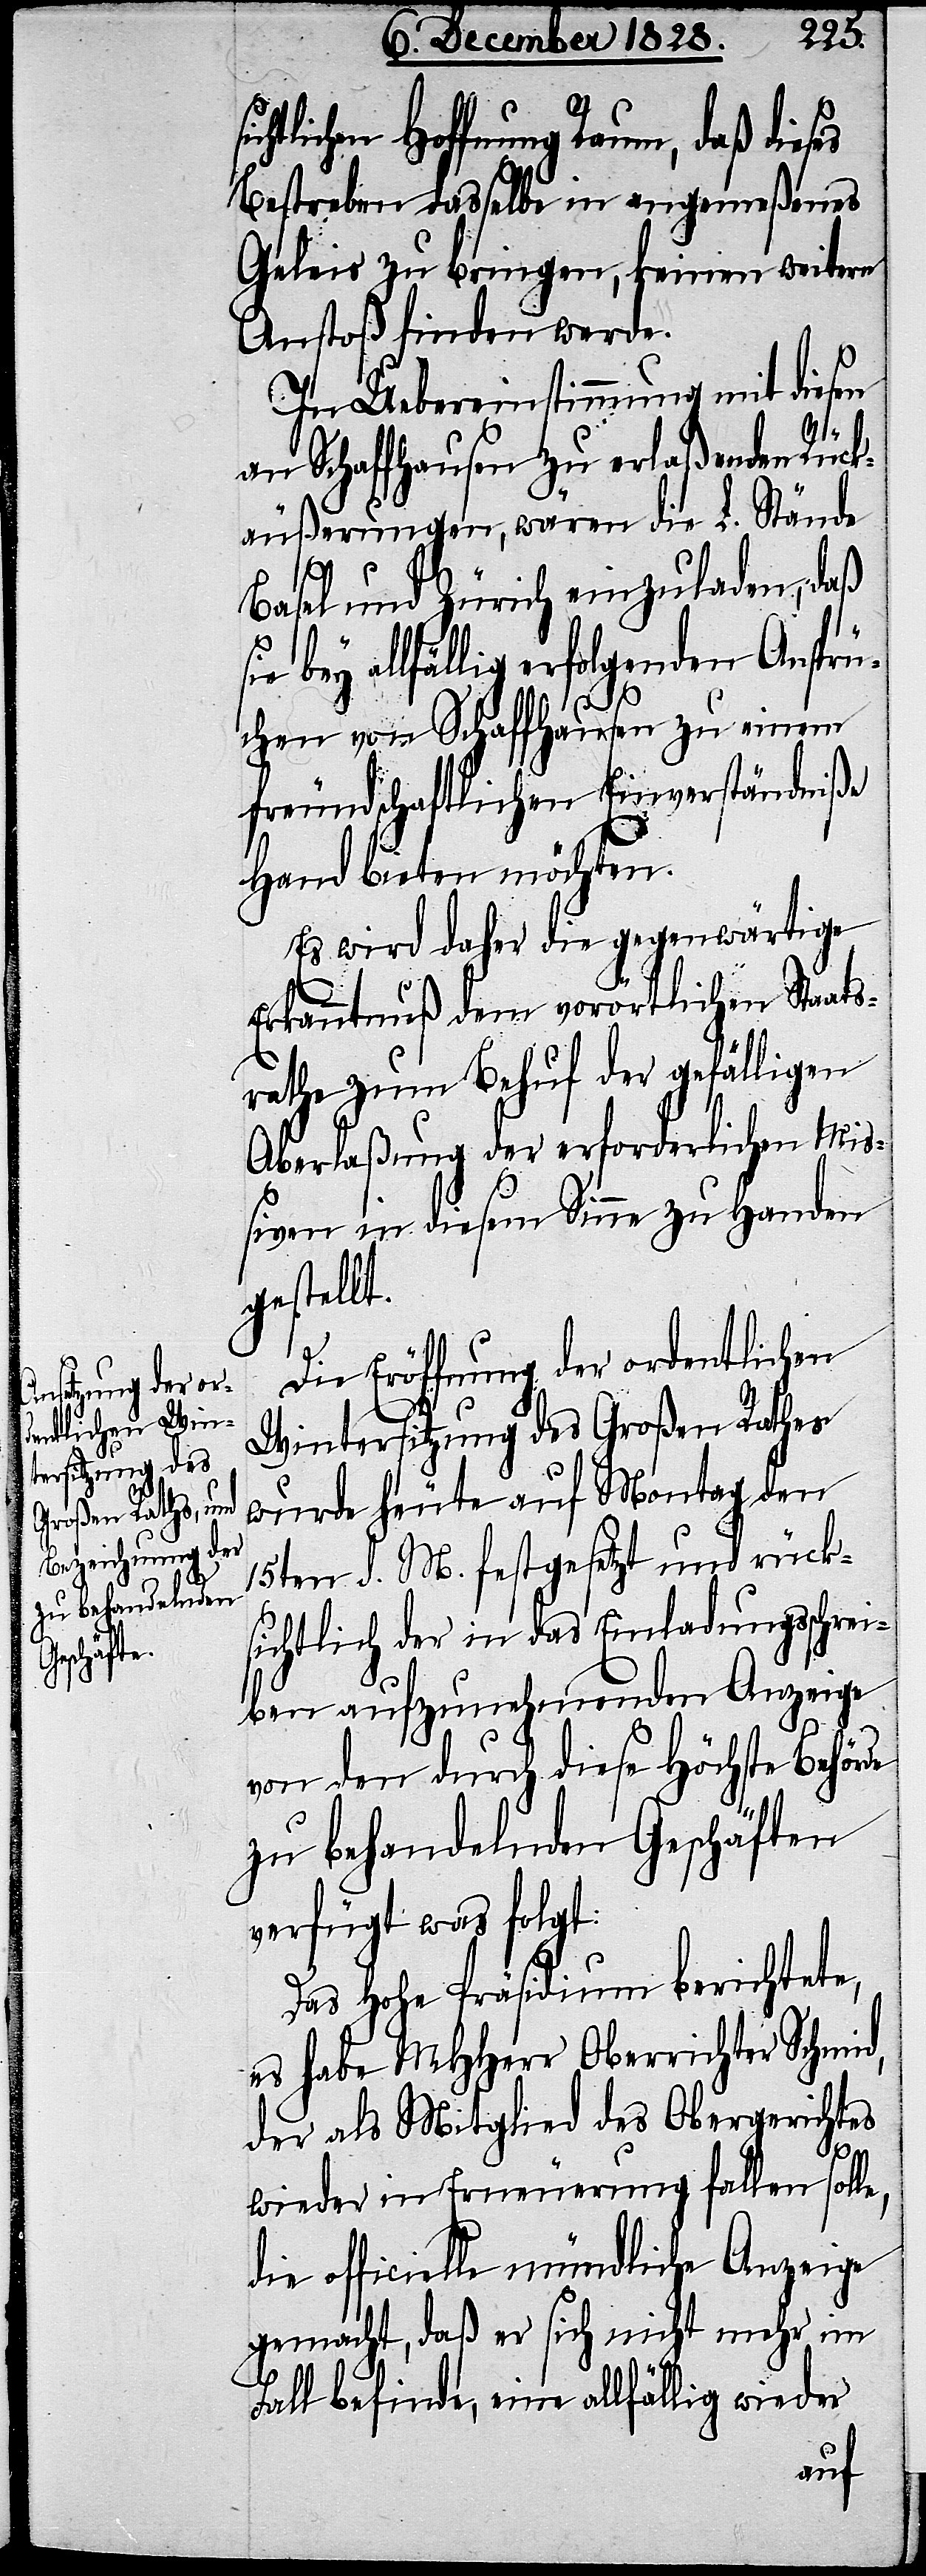
htlichen Hoffnung Raum, daß dies¬
Bestreben dasselbe in angemeßenes
Geleis zu bringen, keinen weitern
Anstoß finden werde.
In Uebereinstimmung mit diesen
an Schaffhausen zu erlaßenden Rück¬
äußerungen, wären die L. Stände
Basel und Zürich einzuladen, daß
bey allfällig erfolgenden Ansprü¬
e,
chen von Schaffhausen zu einem
freundschaftlichen Einverständniße
Hand bieten möchten.
Es wird daher die gegenwärtige
Erkanntnuß dem vorörtlichen Staat¬
srathe zum Behuf der gefälligen
Aberlaßung der erforderlichen Mi¬
ßiven in diesem Sinne zu Handen
gestellt.
Die Eröffnung der ordentlichen
Wintersitzung des Großen Rathes
wurde heute auf Montag den
15ten d. M. festgesetzt und rück¬
sichtlich der in das Einladungsschrei¬
ben aufzunehmenden Anzeige
von den durch diese Höchste Behörde
zu behandelnden Geschäften
verfügt was folgt:
Das Hohe Präsidium berichtete,
es habe MHHerr Oberrichter Schmid,
der als Mitglied des Obergerichtes
wider in Erneuerung fallen soll¬
die officielle mündliche Anzeige
gemacht, daß er sich nicht mehr im
Fall befinde, eine allfällig wieder